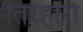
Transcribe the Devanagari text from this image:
तिरहारी